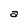
Character: a